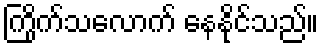
ကြိုက်သလောက် နေနိုင်သည်။